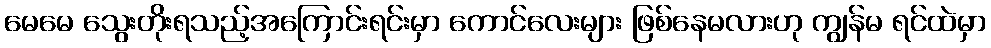
မေမေ သွေးတိုးရသည့်အကြောင်းရင်းမှာ ကောင်လေးများ ဖြစ်နေမလားဟု ကျွန်မ ရင်ထဲမှာ